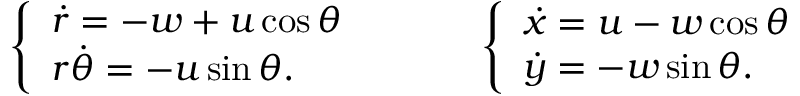
\begin{array} { r l } { \left\{ \begin{array} { l l } { \dot { r } = - w + u \cos \theta } \\ { r \dot { \theta } = - u \sin \theta . } \end{array} \right. } & { { } \qquad \left\{ \begin{array} { l l } { \dot { x } = u - w \cos \theta } \\ { \dot { y } = - w \sin \theta . } \end{array} \right. } \end{array}